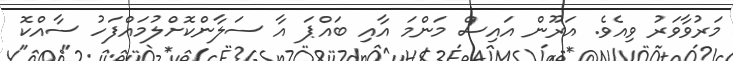
މަރުވާވަރު ވިއެވެ. އަރޫން އައިސް މަންމަ އާއި ބައްޕަ އާ ސަލާންކޮށްލުމައްފަހު ސާއްކޮ